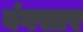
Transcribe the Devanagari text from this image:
बंगसार